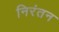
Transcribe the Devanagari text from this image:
निरंतन